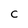
Character: C